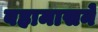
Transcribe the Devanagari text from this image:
बहामासने